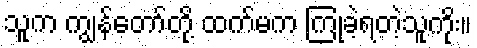
သူက ကျွန်တော်တို့ ထက်မက ကြုံခဲ့ရတဲ့သူကိုး။